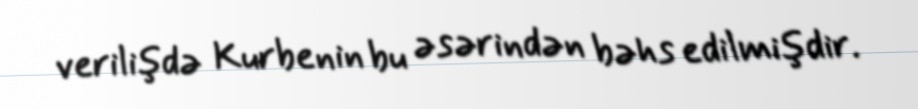
verilişdə Kurbenin bu əsərindən bəhs edilmişdir.